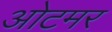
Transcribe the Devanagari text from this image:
ओटमर